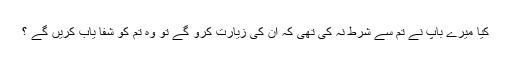
کیا میرے باپ نے تم سے شرط نہ کی تھی کہ ان کی زیارت کرو گے تو وہ تم کو شفا یاب کریں گے ؟